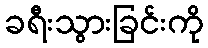
ခရီးသွားခြင်းကို